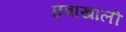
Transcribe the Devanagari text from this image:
छ्त्राखाली